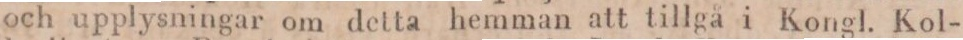
och upplysningar om detta hemman att tillgå i Kongl. Kol-